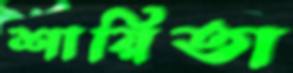
শায়িতা